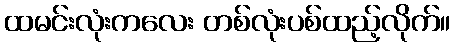
ထမင်းလုံးကလေး တစ်လုံးပစ်ထည့်လိုက်။